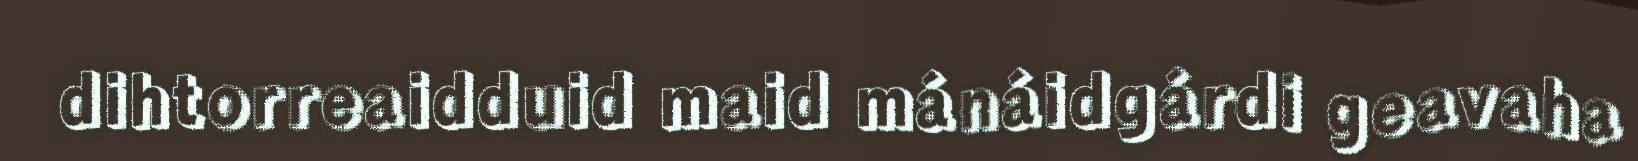
dihtorreaidduid maid mánáidgárdi geavaha